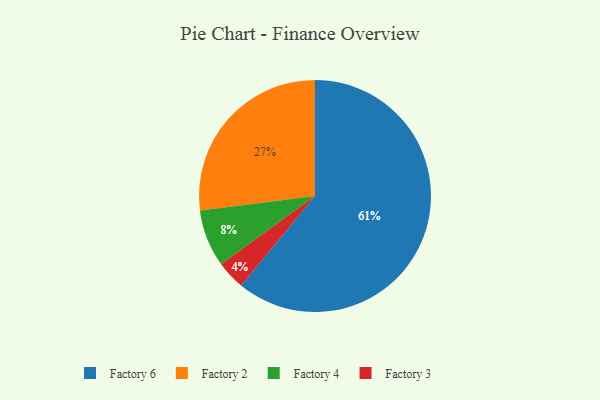
{"axis": {"x": "Category", "y": "Percentage"}, "legend": ["Factory 2", "Factory 3", "Factory 4", "Factory 6"], "data": [{"x": "Factory 4", "y": 8, "type": "Factory 4"}, {"x": "Factory 3", "y": 4, "type": "Factory 3"}, {"x": "Factory 6", "y": 61, "type": "Factory 6"}, {"x": "Factory 2", "y": 27, "type": "Factory 2"}]}